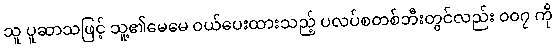
သူ ပူဆာသဖြင့် သူ့၏မေမေ ဝယ်ပေးထားသည့် ပလပ်စတစ်ဘီးတွင်လည်း ၀၀၇ ကို